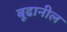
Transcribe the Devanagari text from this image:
बूढानील